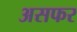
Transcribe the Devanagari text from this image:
असफर